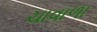
ચાવાળા